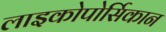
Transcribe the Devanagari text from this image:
लाइकोपोर्सिकान